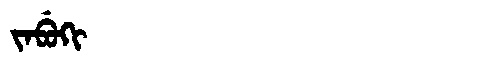
Manchu: ᠵᠠᠪᡠᡴᡳ
Romanization: JABUKI